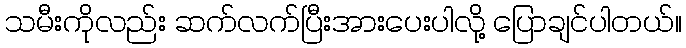
သမီးကိုလည်း ဆက်လက်ပြီးအားပေးပါလို့ ပြောချင်ပါတယ်။